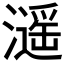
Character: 𤁠